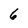
Character: 6